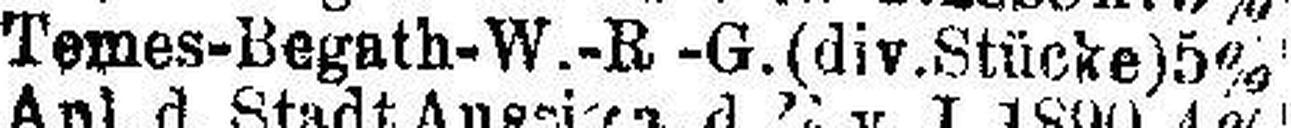
Temes-Begath-W.-R-G. (div.Stücke) 5%